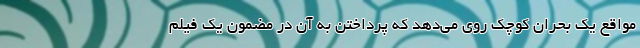
مواقع یک بحران کوچک روی می‌دهد که پرداختن به آن در مضمون یک فیلم